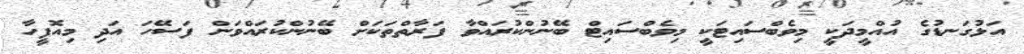
އަޅުގަނޑުގެ އުއްމީދަކީ މިވެބްސައިޓަކީ މިވެބްސައިޓް ބޭނުންކުރައްވާ ފަރާތްތަކަށް ބޭނުންކުރައްވަން ފަސޭހަ އަދި މިއޮފީހާ